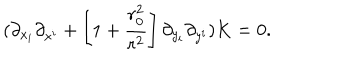
LaTeX: ( \partial _ { x _ { i } } \partial _ { x ^ { i } } + \left[ 1 + { \frac { r _ { 0 } ^ { 2 } } { r ^ { 2 } } } \right] \partial _ { y _ { i } } \partial _ { y ^ { i } } ) K = 0 .